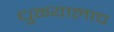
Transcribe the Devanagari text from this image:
धुळ्यालाच